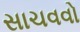
સાચવવો